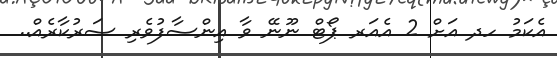
އެކަމު ހދ އަށް 2 އެއަރ ޕޯޓް ނޫނޭ ވާ އިންސާފުވެރި ސަރުކާރެއް..